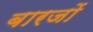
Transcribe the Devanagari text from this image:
बारजों